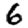
Digit: 6